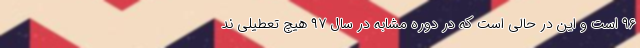
۹۶ است و این در حالی است که در دوره مشابه در سال ۹۷ هیچ تعطیلی ند